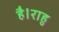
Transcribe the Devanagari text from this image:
है।राहु